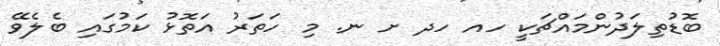
ބޮޑުތިލަދުންމައްޗަކީ ހއ ހދ ށ ނ. މި ހަތަރު އަތޮޅު ކަމުގައި ބެލެވޭ